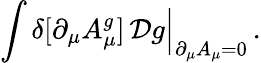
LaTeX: \int\delta[\partial_{\mu}A_{\mu}^{g}]\, {\cal D}g\Big|_{\partial_{\mu}A_{\mu}=0}\, .